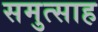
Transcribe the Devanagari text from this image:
समुत्साह